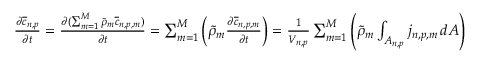
\begin{array} { r } { \frac { \partial \overline { { c } } _ { n , p } } { \partial t } = \frac { \partial ( \sum _ { m = 1 } ^ { M } \widetilde { \rho } _ { m } \overline { { c } } _ { n , p , m } ) } { \partial t } = \sum _ { m = 1 } ^ { M } \left( \widetilde { \rho } _ { m } \frac { \partial \overline { { c } } _ { n , p , m } } { \partial t } \right) = \frac { 1 } { V _ { n , p } } \sum _ { m = 1 } ^ { M } \left( \widetilde { \rho } _ { m } \int _ { A _ { n , p } } j _ { n , p , m } \, d A \right) } \end{array}